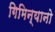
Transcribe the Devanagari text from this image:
गिमिन्यानो